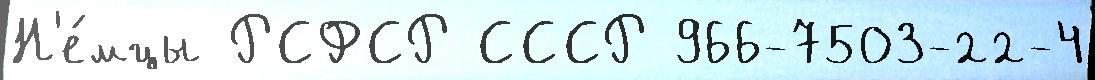
Н'е́мцы РСФСР СССР 966-7503-22-4